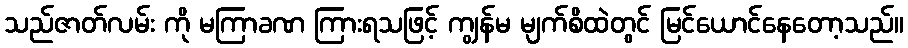
သည်ဇာတ်လမ်း ကို မကြာခဏ ကြားရသဖြင့် ကျွန်မ မျက်စိထဲတွင် မြင်ယောင်နေတော့သည်။